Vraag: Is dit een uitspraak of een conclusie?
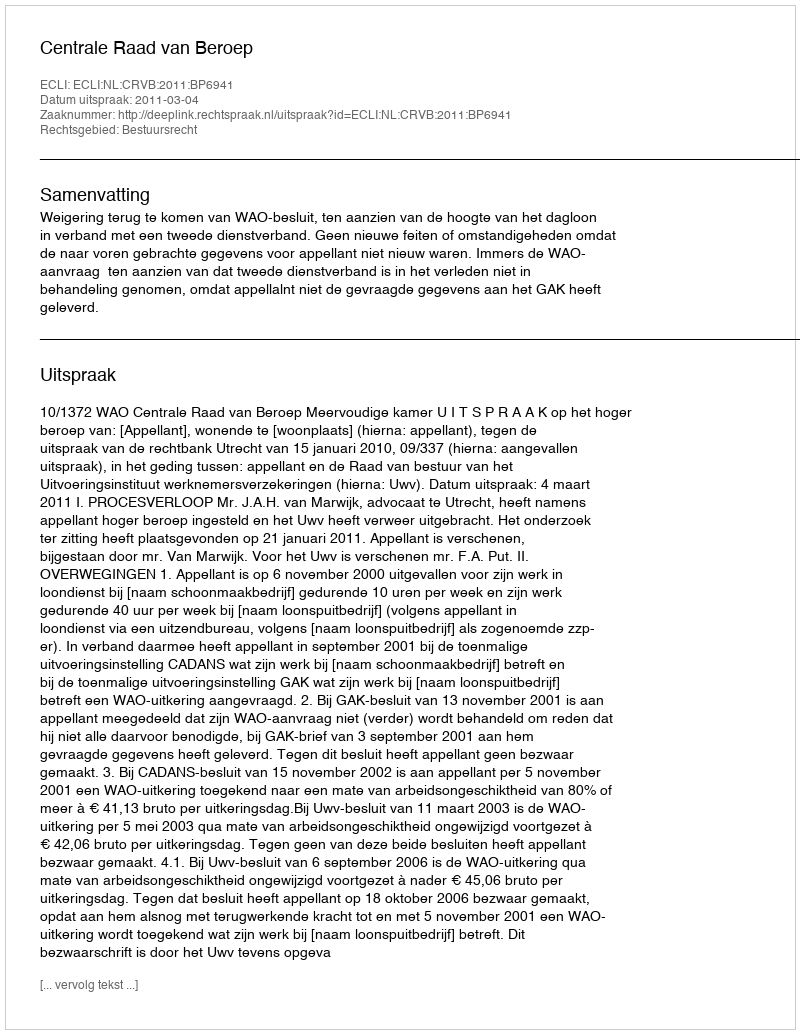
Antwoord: Uitspraak